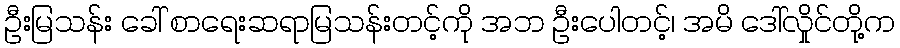
ဦးမြသန်း ခေါ် စာရေးဆရာမြသန်းတင့်ကို အဘ ဦးပေါတင့်၊ အမိ ဒေါ်လှိုင်တို့က